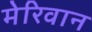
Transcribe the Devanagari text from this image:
मेरिवान